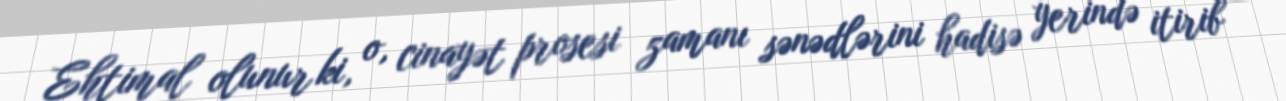
Ehtimal olunur ki, o, cinayət prosesi zamanı sənədlərini hadisə yerində itirib